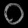
Digit: ၀